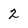
Character: 2